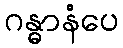
ဂန္ဓာနံပေ